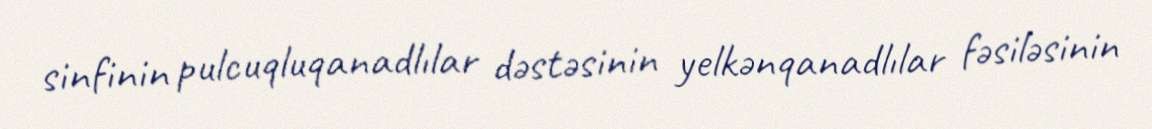
sinfinin pulcuqluqanadlılar dəstəsinin yelkənqanadlılar fəsiləsinin